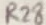
Text: R28